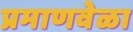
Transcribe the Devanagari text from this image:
प्रमाणवेळा